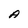
Character: A